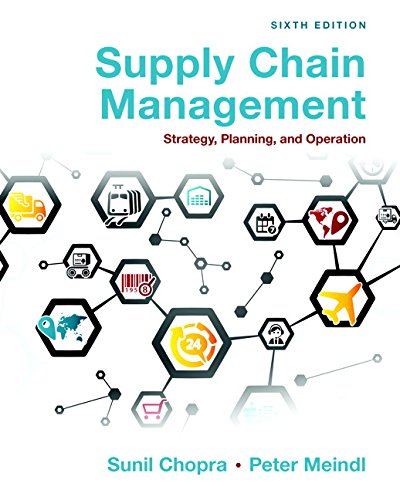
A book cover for Supply Chain Management: Strategy, Planning, and Operation (6th Edition); Sunil Chopra; Business & Money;